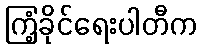
ကြံ့ခိုင်ရေးပါတီက